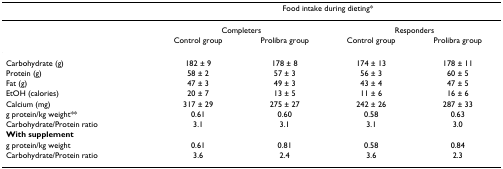
<table><thead><tr><td></td><td colspan="4"><b>Food intake during dieting*</b></td></tr></thead><tbody><tr><td></td><td colspan="2">Completers</td><td colspan="2">Responders</td></tr><tr><td></td><td>Control group</td><td>Prolibra group</td><td>Control group</td><td>Prolibra group</td></tr><tr><td>Carbohydrate (g)</td><td>182 ± 9</td><td>178 ± 8</td><td>174 ± 13</td><td>178 ± 11</td></tr><tr><td>Protein (g)</td><td>58 ± 2</td><td>57 ± 3</td><td>56 ± 3</td><td>60 ± 5</td></tr><tr><td>Fat (g)</td><td>47 ± 3</td><td>49 ± 3</td><td>43 ± 4</td><td>47 ± 5</td></tr><tr><td>EtOH (calories)</td><td>20 ± 7</td><td>13 ± 5</td><td>11 ± 6</td><td>16 ± 6</td></tr><tr><td>Calcium (mg)</td><td>317 ± 29</td><td>275 ± 27</td><td>242 ± 26</td><td>287 ± 33</td></tr><tr><td>g protein/kg weight**</td><td>0.61</td><td>0.60</td><td>0.58</td><td>0.63</td></tr><tr><td>Carbohydrate/Protein ratio</td><td>3.1</td><td>3.1</td><td>3.1</td><td>3.0</td></tr><tr><td><b>With supplement</b></td><td></td><td></td><td></td><td></td></tr><tr><td>g protein/kg weight</td><td>0.61</td><td>0.81</td><td>0.58</td><td>0.84</td></tr><tr><td>Carbohydrate/Protein ratio</td><td>3.6</td><td>2.4</td><td>3.6</td><td>2.3</td></tr></tbody></table>